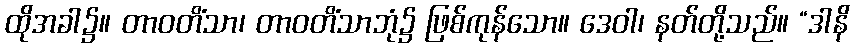
ထိုအခါ၌။ တာဝတိံသာ၊ တာဝတိံသာဘုံ၌ ဖြစ်ကုန်သော။ ဒေဝါ၊ နတ်တို့သည်။ “ဒါနိ